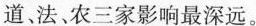
道、法、农三家影响最深远。